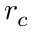
r _ { c }